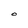
Character: O